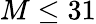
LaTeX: M\leq 31